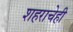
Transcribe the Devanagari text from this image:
शहराचेही